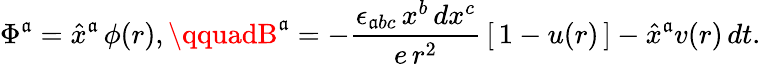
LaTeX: \Phi^{\mathfrak{a}}=\hat{{x}}^{\mathfrak{a}}\, \phi(r),\qquadB^{\mathfrak{a}}=-\frac{{\epsilon_{\mathfrak{a}bc}\, x^{b}\, dx^{c}}}{{e\, r^{2}}}\, [\, 1-u(r)\, ]-\hat{{x}}^{\mathfrak{a}}v(r)\, dt.